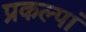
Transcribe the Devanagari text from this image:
प्रकल्पां